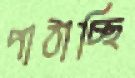
পাঠাচ্ছি